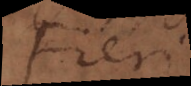
Fieri